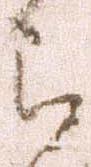
討